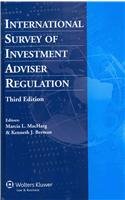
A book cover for International Survey of Investment Adviser Regulation, THird Edition; Debevoise & Plimpton LLP; Law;